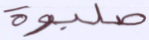
صلبوه